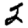
Digit: 2